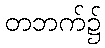
တဘက်၌